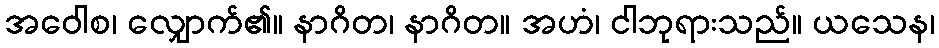
အဝေါစ၊ လျှောက်၏။ နာဂိတ၊ နာဂိတ။ အဟံ၊ ငါဘုရားသည်။ ယသေန၊